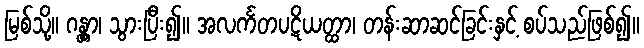
မြစ်သို့။ ဂန္တွာ၊ သွားပြီး၍။ အလင်္ကတပဋိယတ္ထာ၊ တန်းဆာဆင်ခြင်းနှင့် စပ်သည်ဖြစ်၍။